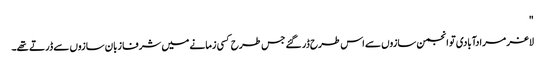
"
لاغر مرادآبادی تو انجمن سازوں سے اس طرح ڈر گئے جس طرح کسی زمانے میں شرفا زبان سازوں سے ڈرتے تھے۔